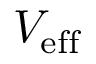
V _ { \mathrm { e f f } }